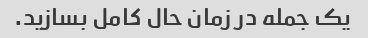
یک جمله در زمان حال کامل بسازید.